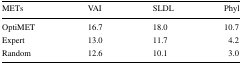
| METs | VAI | SLDL | Phyl |
 | --- | --- | --- | --- |
 | OptiMET | 16.7 | 18.0 | 10.7 |
 | Expert | 13.0 | 11.7 | 4.2 |
 | Random | 12.6 | 10.1 | 3.0 |